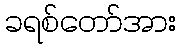
ခရစ်တော်အား